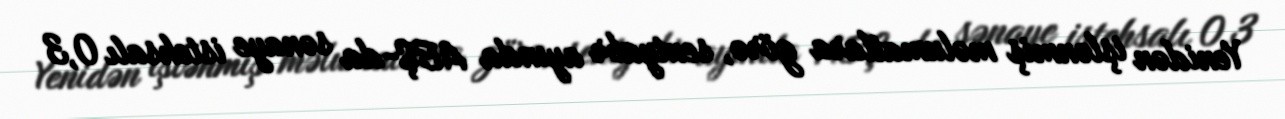
Yenidən işlənmiş məlumatlara görə, sentyabr ayında ABŞ-da sənaye istehsalı 0,3